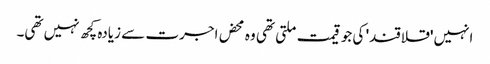
انہیں 'قلاقند' کی جو قیمت ملتی تھی وہ محض اجرت سے زیادہ کچھ نہیں تھی۔